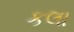
કલા